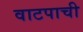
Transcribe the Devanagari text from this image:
वाटपाची